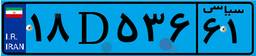
۱۸D۵۳۶۶۱